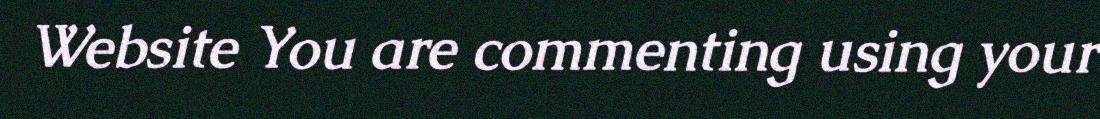
Website You are commenting using your